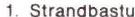
1. Strandbastu